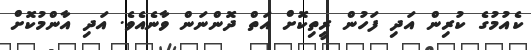
ކެއުމުގެ ކުރިން އަދި ފަހުން ރީތިކޮށް އަތް ދޮންނަން ވާނެއެވެ. އަދި އާންމުކޮށް